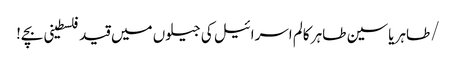
/طاہر یاسین طاہر	کالم	اسرائیل کی جیلوں میں قید فلسطینی بچے!